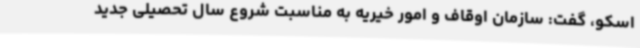
اسکو، گفت: سازمان اوقاف و امور خیریه به مناسبت شروع سال تحصیلی جدید